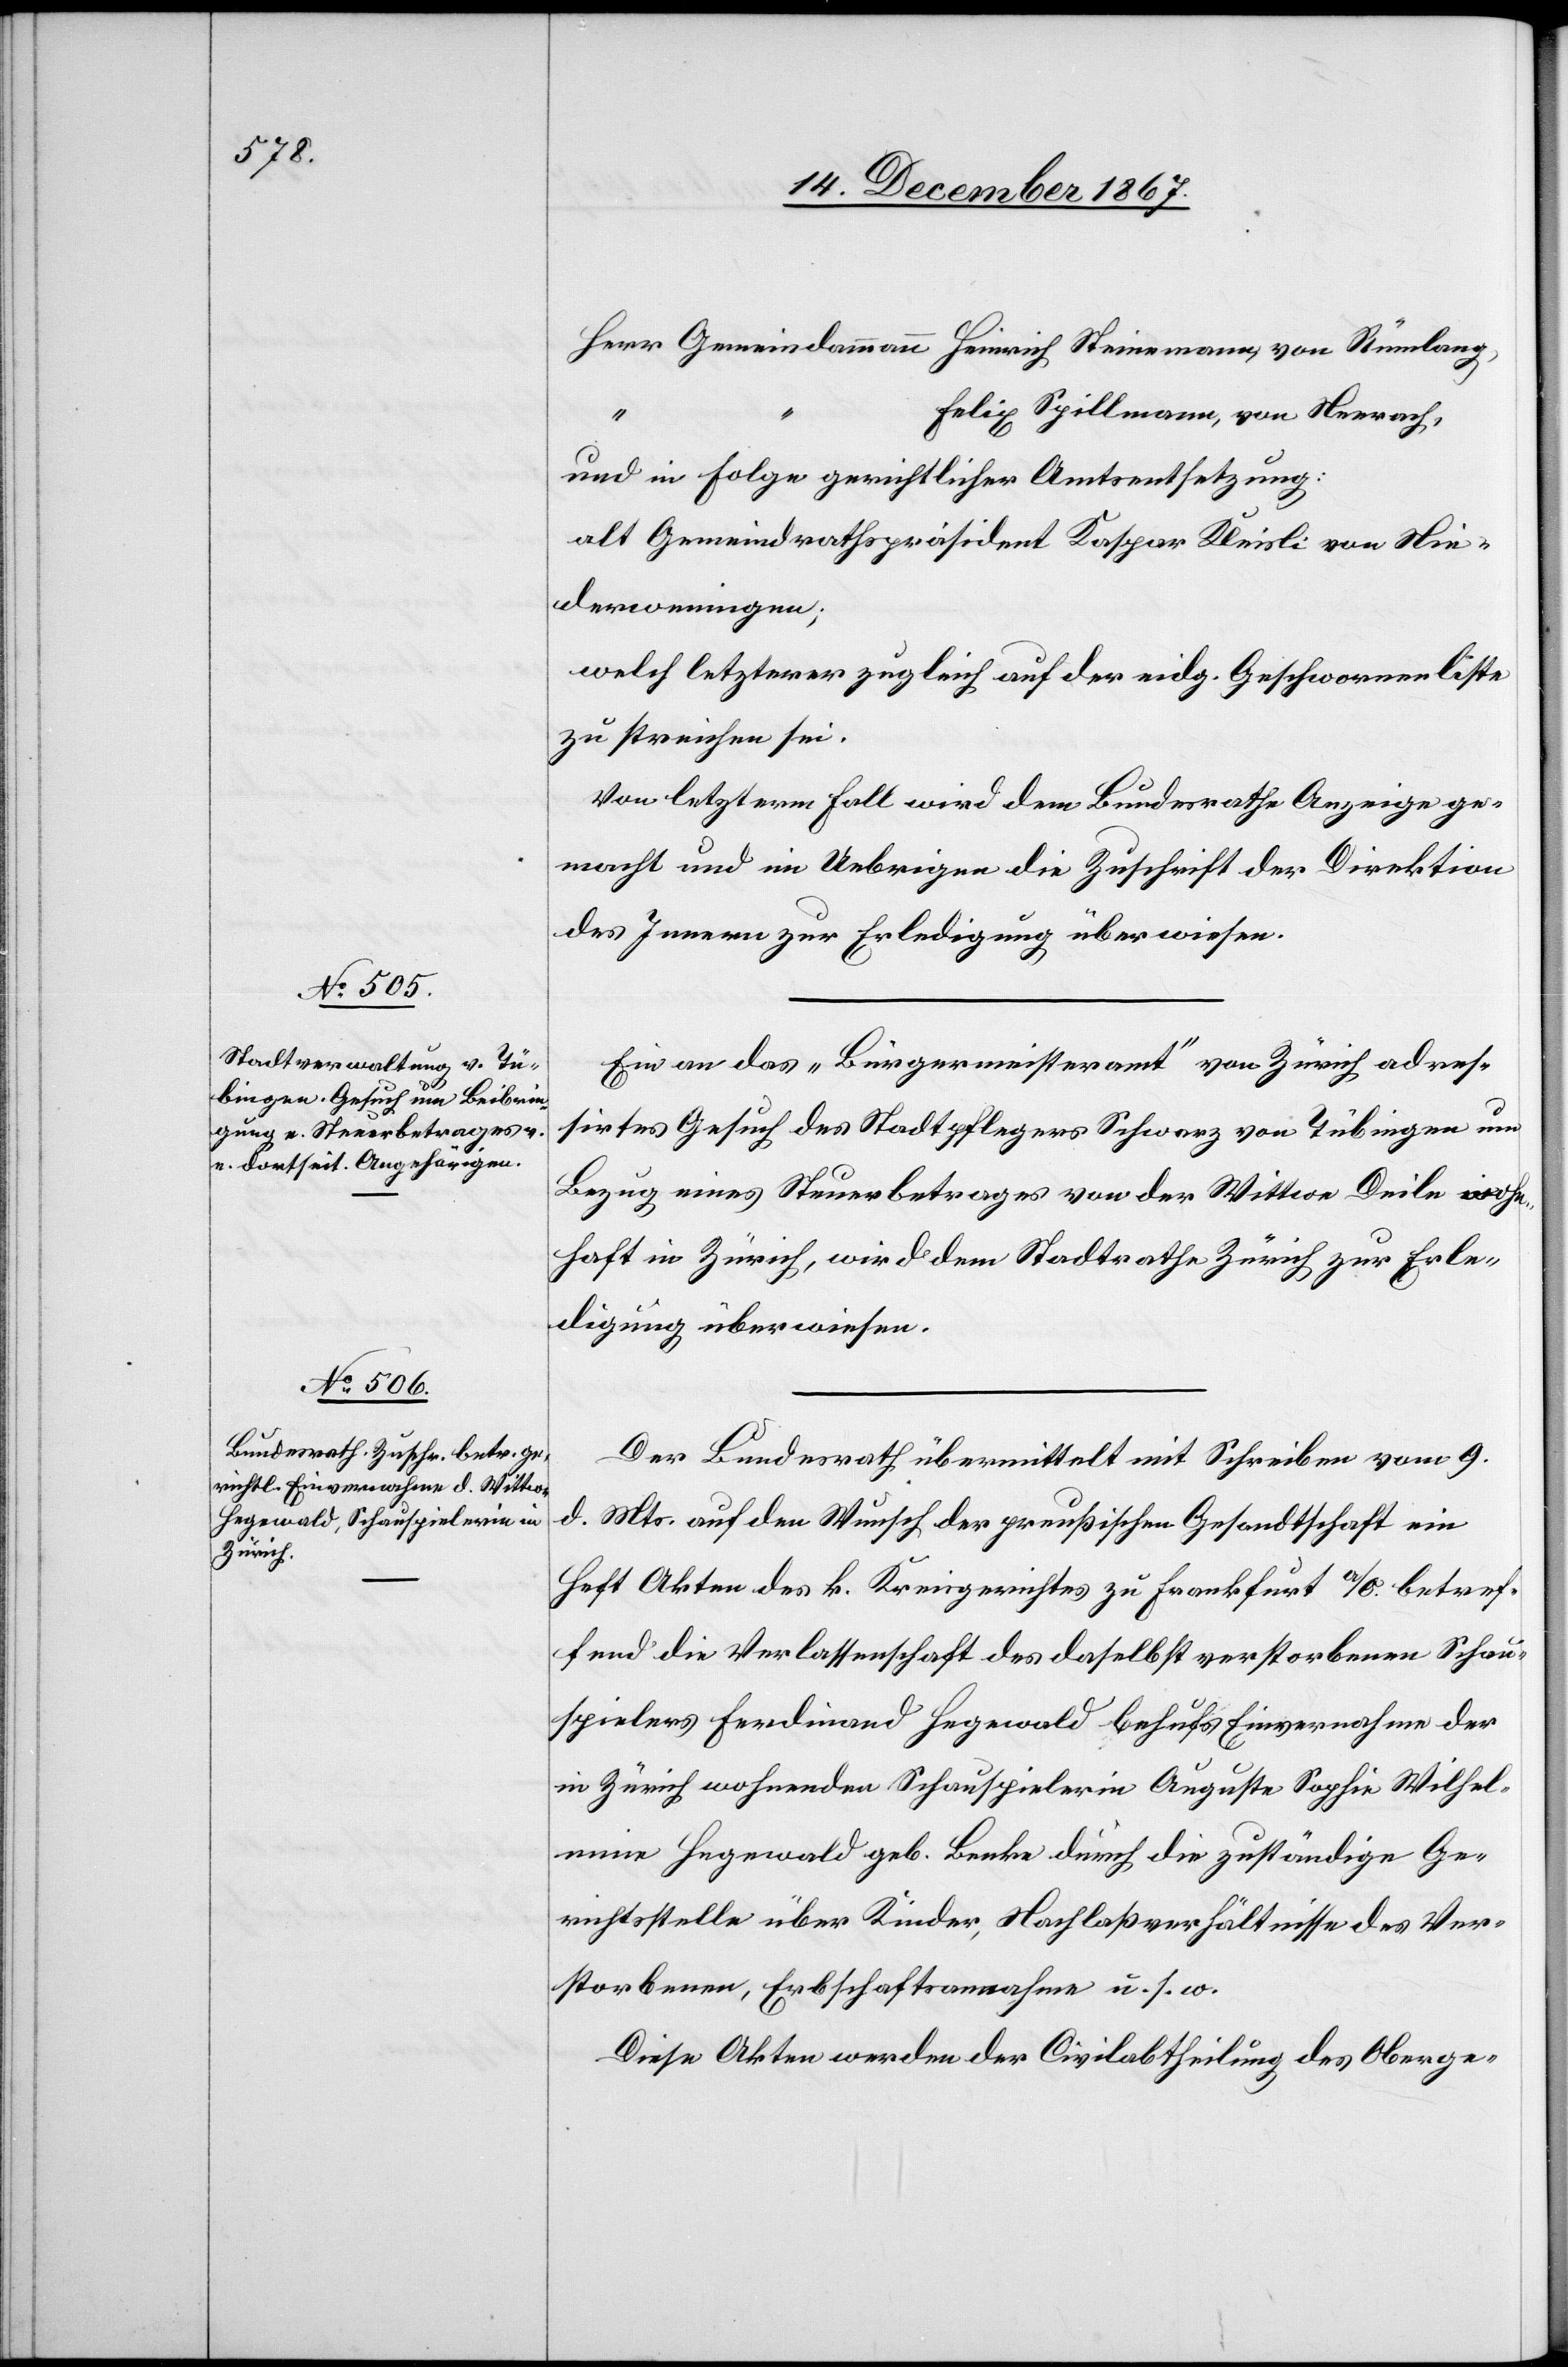
betref¬

Felix Spillmann, von Neerach,
und in Folge gerichtlicher Amtsentsetzung:
alt Gemeindrathspräsident Kaspar Kleisli von Nie¬
derweningen;
welch letzterer zugleich auf der eidg. Geschwornenliste
zu streichen sei.
Von letzterm Fall wird dem Bundesrathe Anzeige ge¬
macht und im Uebrigen die Zuschrift der Direktion
des Innern zur Erledigung überwiesen.
Ein an das „Bürgermeisteramt“ von Zürich adres¬
sirtes Gesuch des Stadtpflegers Schwarz von Tübingen um
Bezug eines Steuerbetrages von der Wittwe Deile, wohn¬
haft in Zürich, wird dem Stadtrathe Zürich zur Erle¬
digung überwiesen.
Der Bundesrath übermittelt mit Schreiben vom 9.
d. Mts. auf den Wunsch der preußischen Gesandtschaft ein
Heft Akten des k. Kreisgerichtes zu Frankfurt [an der
fend die Verlassenschaft des daselbst verstorbenen Schau¬
spielers Ferdinand Hegewald behufs Einvernahme der
in Zürich wohnenden Schauspielerin Auguste Sophie Wilhel¬
mine Hegewald geb. Benke durch die zuständige Ge¬
richtsstelle über Kinder, Nachlaßverhältnisse des Ver¬
storbenen, Erbschaftsannahme u. s. w.
Diese Akten werden der Civilabtheilung des Oberge-